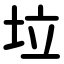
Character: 垃